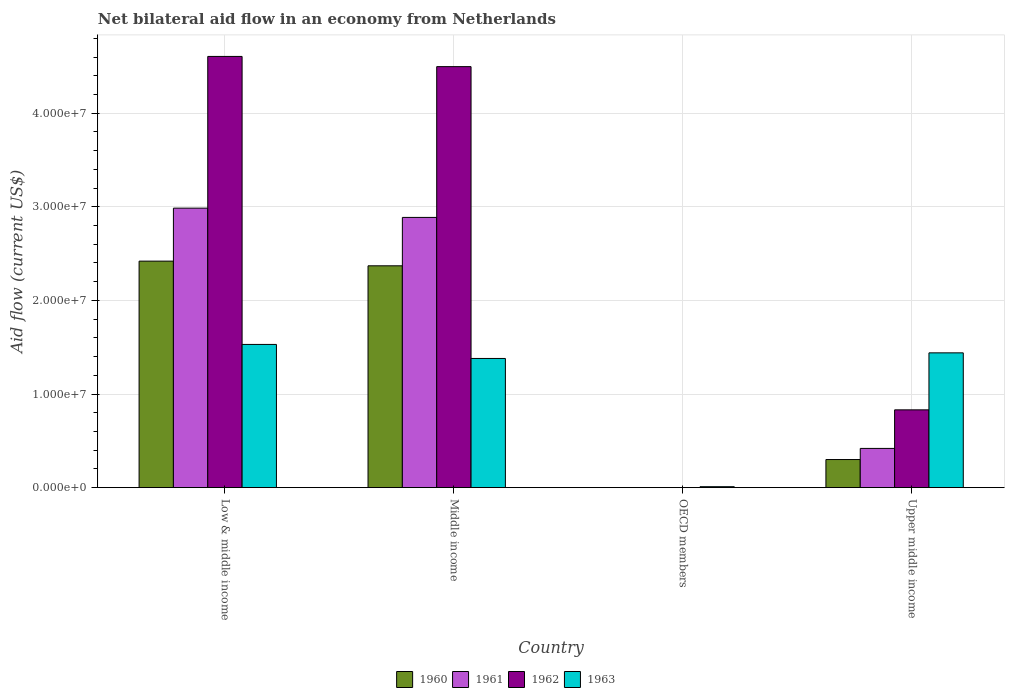
| Country | 1960 | 1961 | 1962 | 1963 |
 | --- | --- | --- | --- | --- |
 | Low & middle income | 2.42e+07 | 2.99e+07 | 4.61e+07 | 1.53e+07 |
 | Middle income | 2.37e+07 | 2.89e+07 | 4.5e+07 | 1.38e+07 |
 | OECD members | -4e+05 | -6.1e+05 | -6.1e+05 | 1e+05 |
 | Upper middle income | 3e+06 | 4.19e+06 | 8.31e+06 | 1.44e+07 |